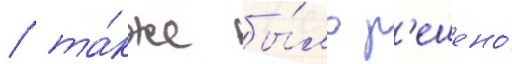
/ та́кже бы́ло р'ешено́